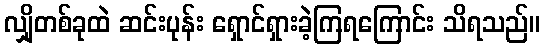
လျှိုတစ်ခုထဲ ဆင်းပုန်း ရှောင်ရှားခဲ့ကြရကြောင်း သိရသည်။